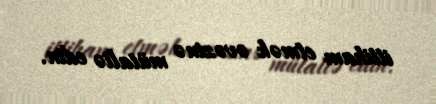
ittiham etmək əvəzinə mütaliə edin.